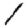
Digit: 1